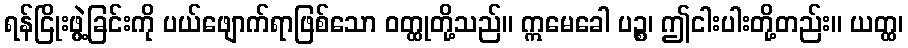
ရန်ငြိုးဖွဲ့ခြင်းကို ပယ်ဖျောက်ရာဖြစ်သော ဝတ္ထုတို့သည်။ ဣမေခေါ ပဉ္စ၊ ဤငါးပါးတို့တည်း။ ယတ္ထ၊